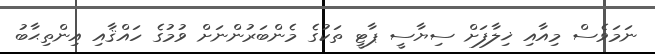
ނަމަވެސް މިއާއި ޚިލާފަށް ސިޔާސީ ޕާޓީ ތަކުގެ މެންބަރުންނަށް ވުމުގެ ހައްޤާއި އިންތިޙާބު